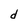
Character: d